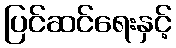
ပြင်ဆင်ရေးနှင့်